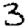
Digit: 3